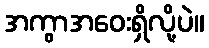
အကွာအဝေးရှိလို့ပဲ။